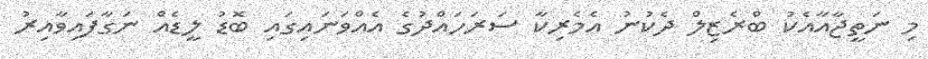
މި ނަތީޖާއާއެކު ބްރެޒިލް ދެކުނު އެމެރިކާ ސަރަހައްދުގެ އެއްވަނައިގައި ބޮޑު ލީޑެއް ނަގާފައިވާއިރު